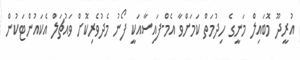
އުރީދޫ މޮބައިލް މަނީގެ ހިދުމަތް ކަމަށްވާ އެމް-ފައިސާއަކީ ފޯނު މެދުވެރިކޮށް ވައުޗަލް އެކައުންޓަކުން